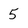
Character: 5